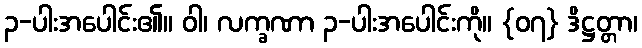
၃-ပါးအပေါင်း၏။ ဝါ၊ လက္ခဏာ ၃-ပါးအပေါင်းကို။ {၀၇} ဒိဋ္ဌတ္တာ၊